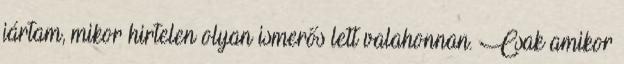
jártam, mikor hirtelen olyan ismerős lett valahonnan. Csak amikor